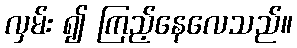
လှမ်း ၍ ကြည့်နေလေသည်။